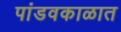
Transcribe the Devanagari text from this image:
पांडवकाळात